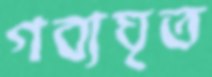
গব্যঘৃত